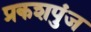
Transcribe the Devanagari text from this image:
प्रकशपुंज